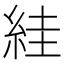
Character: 絓